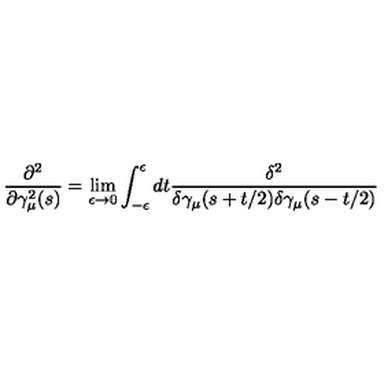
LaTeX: \frac { \partial ^ { 2 } } { \partial \gamma _ { \mu } ^ { 2 } ( s ) } = \lim _ { \epsilon \rightarrow 0 } \int _ { - \epsilon } ^ { \epsilon } d t \frac { \delta ^ { 2 } } { \delta \gamma _ { \mu } ( s + t / 2 ) \delta \gamma _ { \mu } ( s - t / 2 ) }